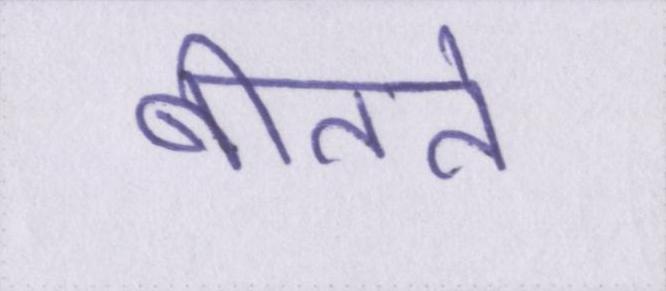
बीतते